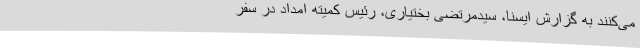
می‌کنند به گزارش ایسنا، سیدمرتضی بختیاری، رئیس کمیته امداد در سفر